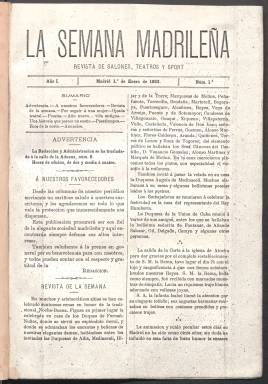
Título: La Semana madrileña
Colección: Cultura
Ámbito geográfico: Madrid
Lugar de publicación: Madrid
Fechas: 01/01/1883-26/01/1884